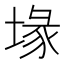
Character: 堟